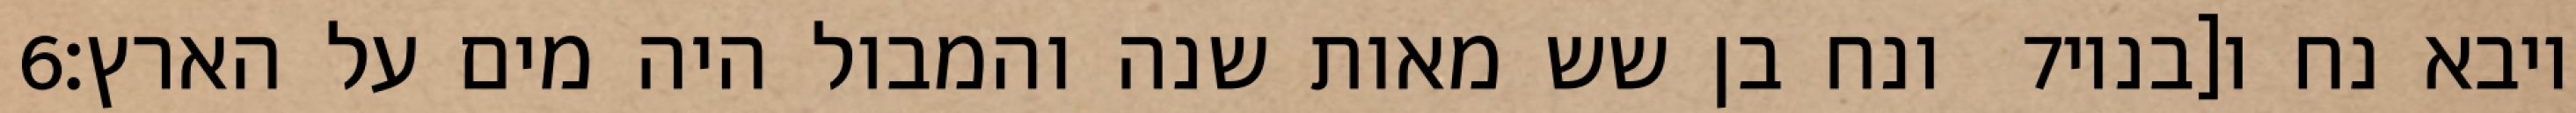
‎6‏ ונח בן שש מאות שנה והמבול היה מים על הארץ׃ ‎7‏ ויבא נח ו[בניו